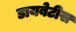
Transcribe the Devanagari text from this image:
डायबेटीस